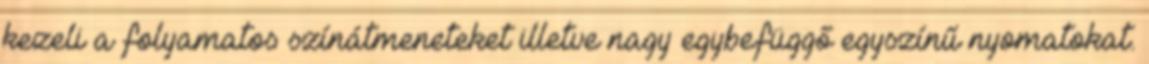
kezeli a folyamatos színátmeneteket illetve nagy egybefüggő egyszínű nyomatokat.